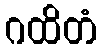
ဂထိတံ